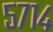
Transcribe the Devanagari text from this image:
५७१४